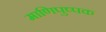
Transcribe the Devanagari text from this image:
माणिपुष्पक